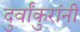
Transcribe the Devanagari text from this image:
दुर्वांकुरांनी